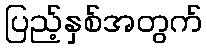
ပြည့်နှစ်အတွက်